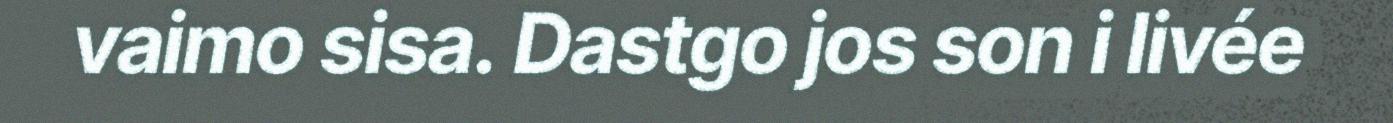
vaimo sisa. Dastgo jos son i livée